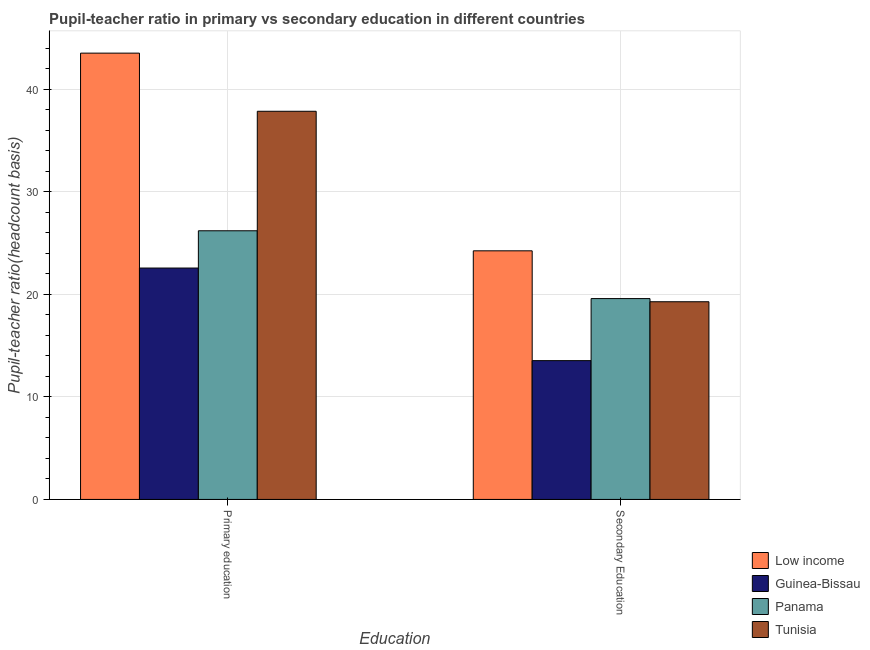
| Education | Low income | Guinea-Bissau | Panama | Tunisia |
 | --- | --- | --- | --- | --- |
 | Primary education | 43.5 | 22.6 | 26.2 | 37.9 |
 | Secondary Education | 24.2 | 13.5 | 19.6 | 19.3 |